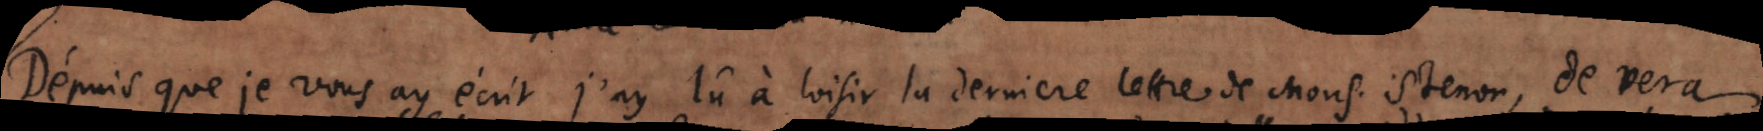
Depuis que je vous ay écrit, j’ay lû à loisir la derniere lettre de Mons. Stenon, De vera